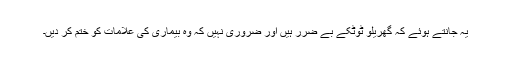
یہ جانتے ہوئے کہ گھریلو ٹوٹکے بے ضرر ہیں اور ضروری نہیں کہ وہ بیماری کی علامات کو ختم کر دیں۔